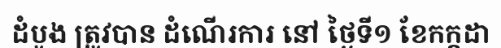
ដំបូង ត្រូវបាន ដំណើរការ នៅ ថ្ងៃទី១ ខែកក្កដា